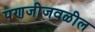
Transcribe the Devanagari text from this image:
पणजीजवळील